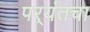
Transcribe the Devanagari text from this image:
पर्‍यंतचा